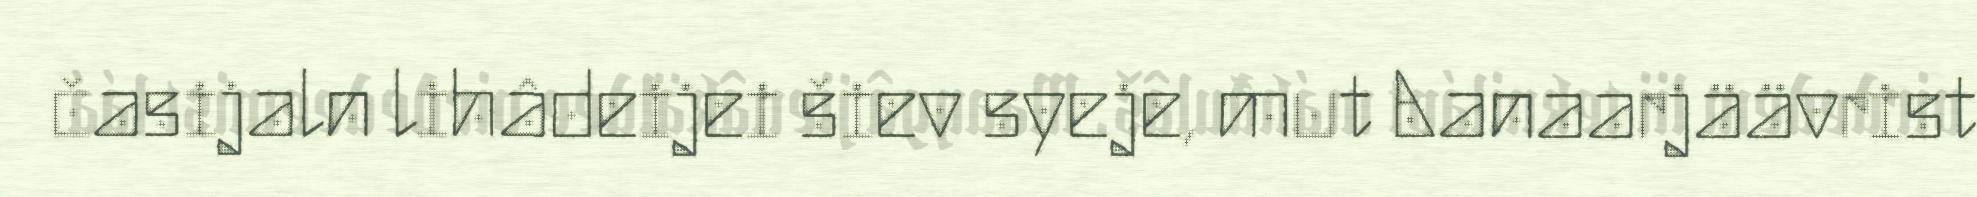
časijaln lihâdeijei šiev syeje, mut Aanaarjäävrist